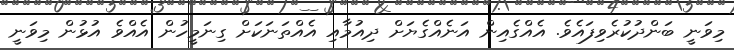
މިވަނީ ބަންދުކުރެވިފައެވެ. އެއްގެއިން އަނެއްގެޔަށް ދިއުމާއި އެއްތަނަކަށް ގިނަމީހުން އެއްވެ އުޅުން މިވަނީ